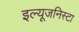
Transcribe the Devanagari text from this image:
इल्‍यूजनिस्‍टा